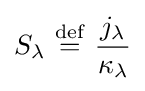
S_{\lambda }\ {\stackrel {\mathrm {def} }{=}}\ {\frac {j_{\lambda }}{\kappa _{\lambda }}}